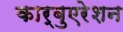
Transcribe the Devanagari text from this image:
कार्बुएरेशन